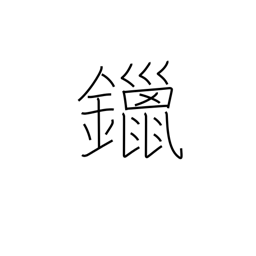
Meaning: solder